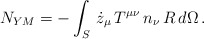
\begin{align*}N_{YM} = - \int_{S} \, \dot{z}_{\mu} \, T^{\mu \nu} \, n_{\nu} \, R \, d\Omega \, .\end{align*}